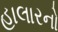
હાલારનો